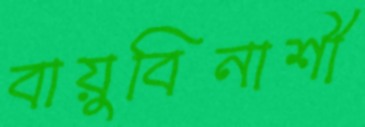
বায়ুবিনাশী